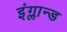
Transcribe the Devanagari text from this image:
इंग्लान्ड